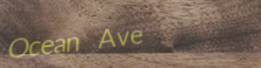
Ocean Ave